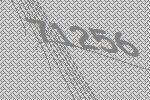
71256